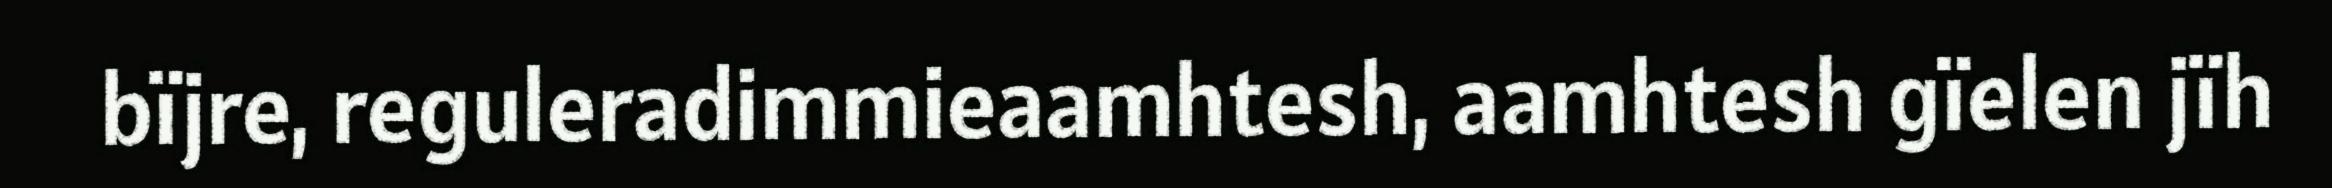
bïjre, reguleradimmieaamhtesh, aamhtesh gïelen jïh